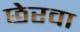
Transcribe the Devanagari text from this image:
छेरवा